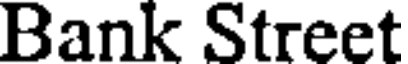
Bank Street